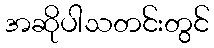
အဆိုပါသတင်းတွင်